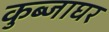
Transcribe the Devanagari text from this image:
कुब्जाघर